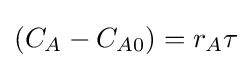
(C_{A}-C_{A0})=r_{A}\tau